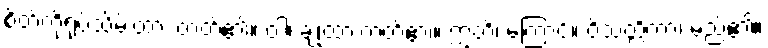
စိတ်ကိုရုပ်သိမ်းထား တတ်၏။ ဝါ၊ ချုံ့ထားတတ်၏။ ဣတိ၊ ကြောင့်။ ဝိသတ္တိကာ၊ မည်၏။